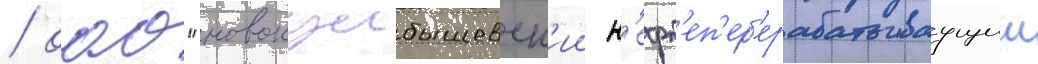
/ оао "новокуибышевск'ии н'ефт'еп'ер'ерабатываущии